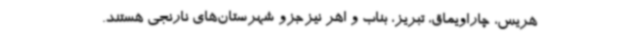
هریس، چاراویماق، تبریز، بناب و اهر نیزجزو شهرستان‌های نارنجی هستند.